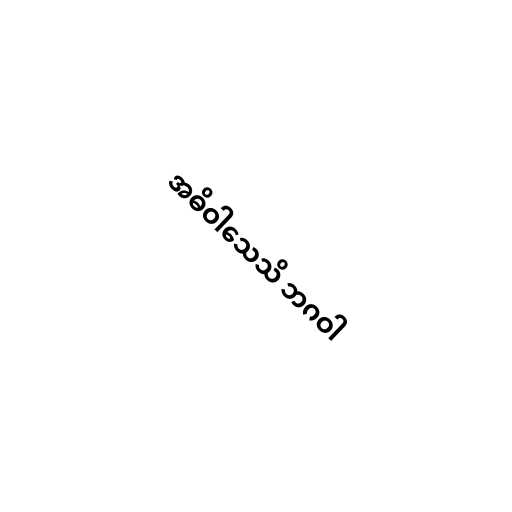
အဓိဝါသေသိ ဘဂဝါ